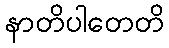
နာတိပါတေတိ